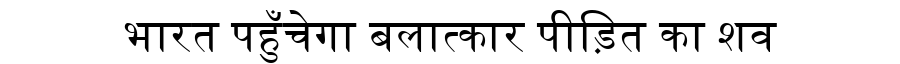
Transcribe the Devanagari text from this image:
भारत पहुँचेगा बलात्कार पीड़ित का शव